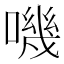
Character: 嘰